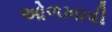
ઓળખાવી